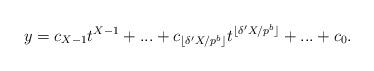
LaTeX: \begin{align*}y = c_{X-1} t^{X-1} + ... + c_{ \lfloor \delta' X/p^b \rfloor }t^{ \lfloor \delta' X/p^b \rfloor } + ... + c_0.\end{align*}